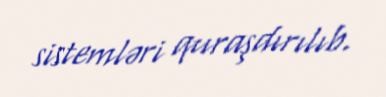
sistemləri quraşdırılıb.